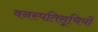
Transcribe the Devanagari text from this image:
वनस्पतिसूचियों